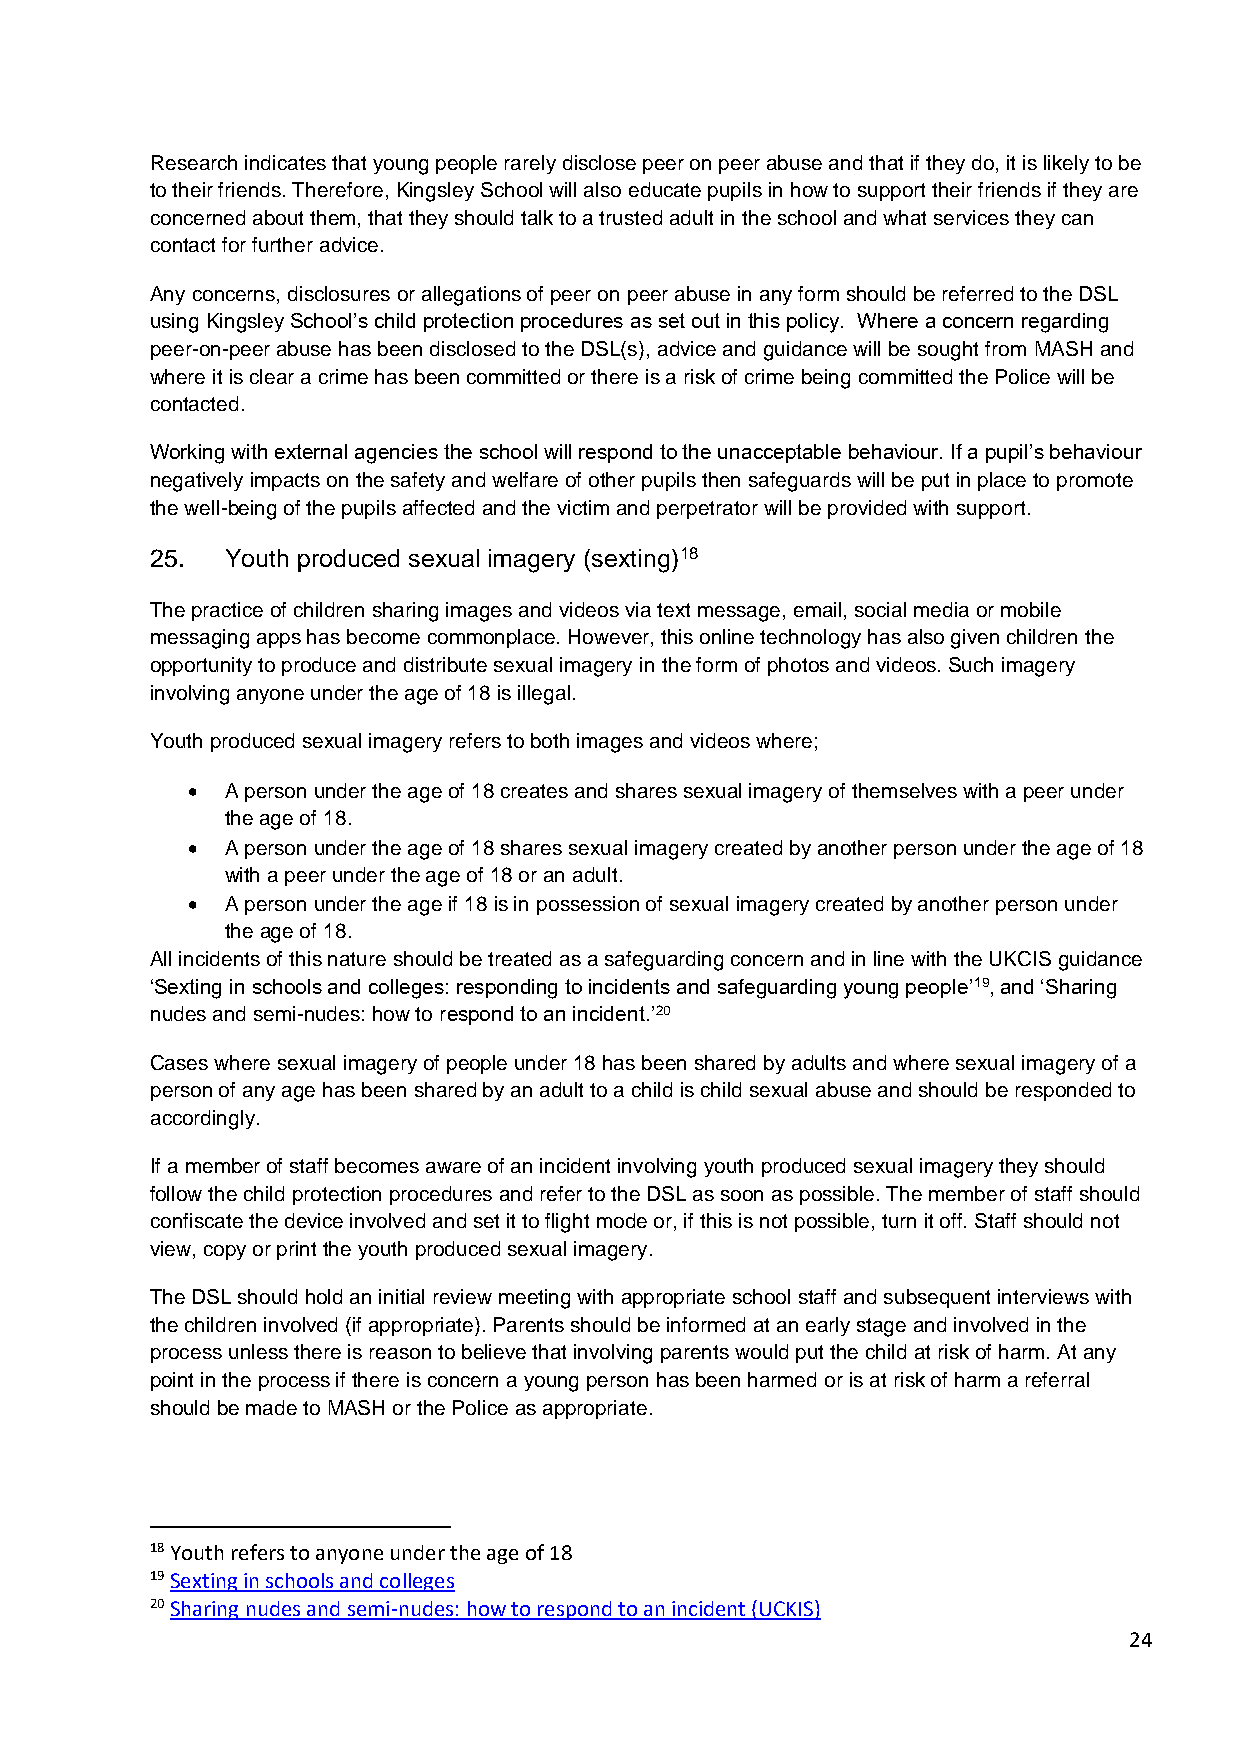
Research indicates that young people rarely disclose peer on peer abuse and that if they do, it is likely to be
 to their friends. Therefore, Kingsley School will also educate pupils in how to support their friends if they are
 concerned about them, that they should talk to a trusted adult in the school and what services they can
 contact for further advice.
 Any concerns, disclosures or allegations of peer on peer abuse in any form should be referred to the DSL
 using Kingsley School’s child protection procedures as set out in this policy. Where a concern regarding
 peer-on-peer abuse has been disclosed to the DSL(s), advice and guidance will be sought from MASH and
 where it is clear a crime has been committed or there is a risk of crime being committed the Police will be
 contacted.
 Working with external agencies the school will respond to the unacceptable behaviour. If a pupil’s behaviour
 negatively impacts on the safety and welfare of other pupils then safeguards will be put in place to promote
 the well-being of the pupils affected and the victim and perpetrator will be provided with support.
 25.  Youth produced sexual imagery (sexting)18
 The practice of children sharing images and videos via text message, email, social media or mobile
 messaging apps has become commonplace. However, this online technology has also given children the
 opportunity to produce and distribute sexual imagery in the form of photos and videos. Such imagery
 involving anyone under the age of 18 is illegal.
 Youth produced sexual imagery refers to both images and videos where;
 •  A person under the age of 18 creates and shares sexual imagery of themselves with a peer under
 the age of 18.
 •  A person under the age of 18 shares sexual imagery created by another person under the age of 18
 with a peer under the age of 18 or an adult.
 •  A person under the age if 18 is in possession of sexual imagery created by another person under
 the age of 18.
 All incidents of this nature should be treated as a safeguarding concern and in line with the UKCIS guidance
 ‘Sexting in schools and colleges: responding to incidents and safeguarding young people’19, and ‘Sharing
 nudes and semi-nudes: how to respond to an incident.’20
 Cases where sexual imagery of people under 18 has been shared by adults and where sexual imagery of a
 person of any age has been shared by an adult to a child is child sexual abuse and should be responded to
 accordingly.
 If a member of staff becomes aware of an incident involving youth produced sexual imagery they should
 follow the child protection procedures and refer to the DSL as soon as possible. The member of staff should
 confiscate the device involved and set it to flight mode or, if this is not possible, turn it off. Staff should not
 view, copy or print the youth produced sexual imagery.
 The DSL should hold an initial review meeting with appropriate school staff and subsequent interviews with
 the children involved (if appropriate). Parents should be informed at an early stage and involved in the
 process unless there is reason to believe that involving parents would put the child at risk of harm. At any
 point in the process if there is concern a young person has been harmed or is at risk of harm a referral
 should be made to MASH or the Police as appropriate.
 18 Youth refers to anyone under the age of 18
 19 Sexting in schools and colleges
 20 Sharing nudes and semi-nudes: how to respond to an incident (UCKIS)
 24